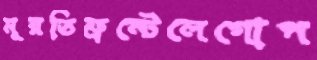
মূরতিফ্রন্টেলেগোপ